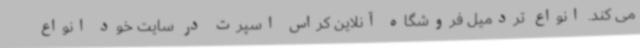
می کند. انواع تردمیل فروشگاه آنلاین کراس اسپرت در سایت خود انواع